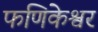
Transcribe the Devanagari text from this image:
फणिकेश्वर